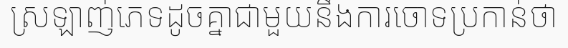
ស្រឡាញ់ភេទដូចគ្នាជាមួយនឹងការចោទប្រកាន់ថា